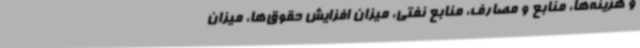
و هزینه‌ها، منابع و مصارف، منابع نفتی، میزان افزایش حقوق‌ها، میزان